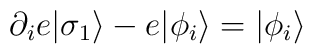
\partial_{i} e | \sigma_{1} \rangle - e | \phi_i\rangle = | \phi_i \rangle \\